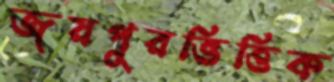
জয়পুরভিত্তিক